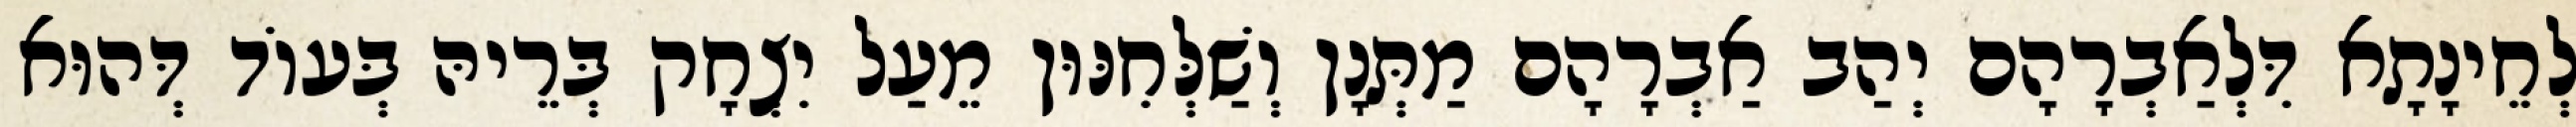
לְחֵינָתָא דִּלְאַבְרָהָם יְהַב אַבְרָהָם מַתְּנָן וְשַׁלְּחִנּוּן מֵעַל יִצְחָק בְּרֵיהּ בְּעוֹד דְּהוּא